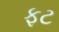
ફટ